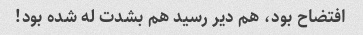
افتضاح بود، هم دیر رسید هم بشدت له شده بود!